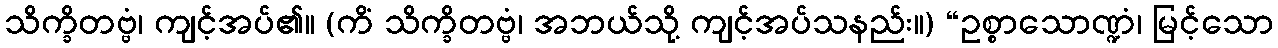
သိက္ခိတဗ္ဗံ၊ ကျင့်အပ်၏။ (ကိံ သိက္ခိတဗ္ဗံ၊ အဘယ်သို့ ကျင့်အပ်သနည်း။) “ဥစ္စာသောဏ္ဍံ၊ မြင့်သော